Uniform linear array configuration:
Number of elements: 12
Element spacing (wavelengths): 0.25
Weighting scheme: hamming
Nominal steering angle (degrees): -30
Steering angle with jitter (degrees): -29.46
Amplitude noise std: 0.05
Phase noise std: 0.05

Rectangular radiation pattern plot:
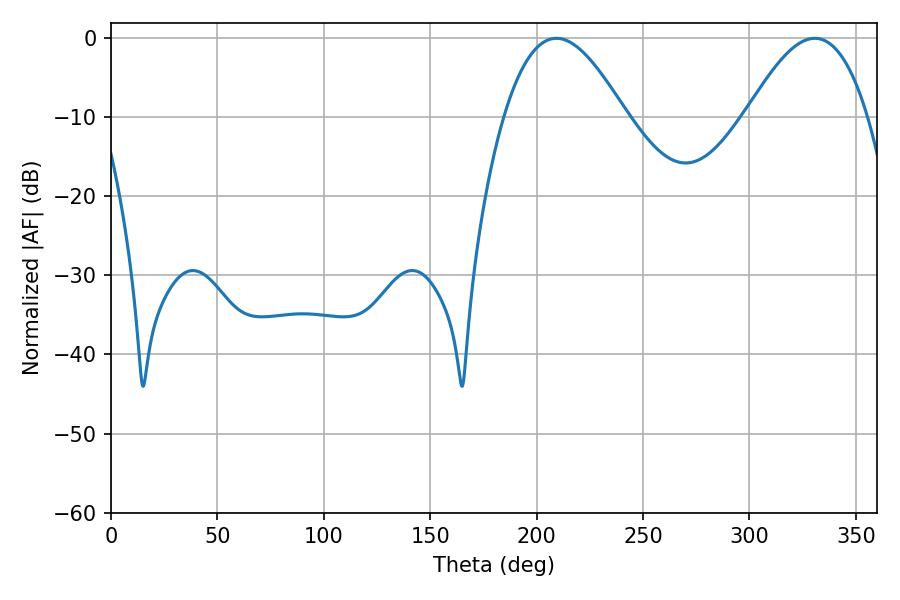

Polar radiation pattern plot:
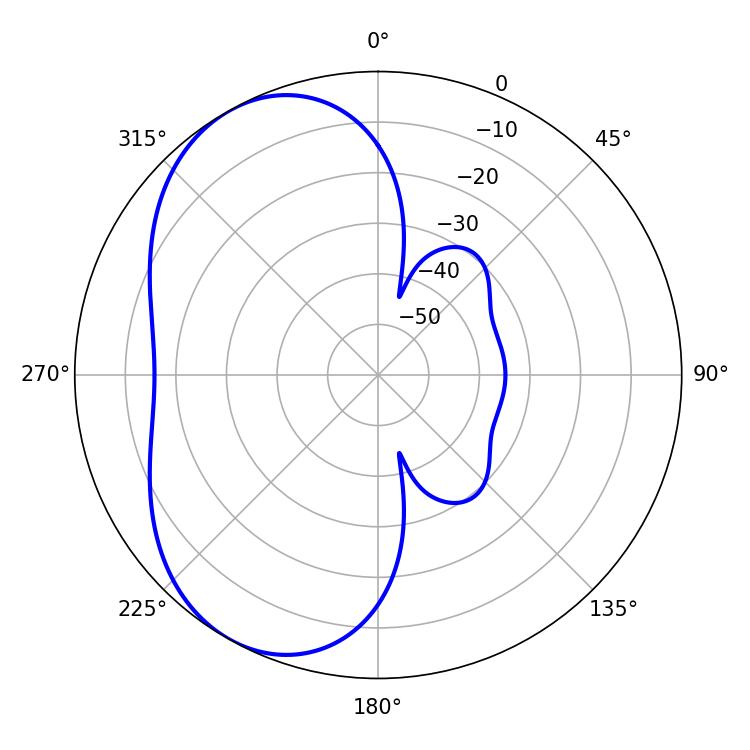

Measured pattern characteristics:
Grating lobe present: FALSE
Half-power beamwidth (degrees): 30.96
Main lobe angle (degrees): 209.34